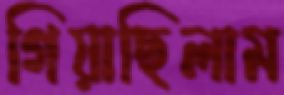
গিয়াছিলাম